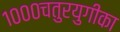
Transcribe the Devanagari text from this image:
१०००चतुरयुगीका